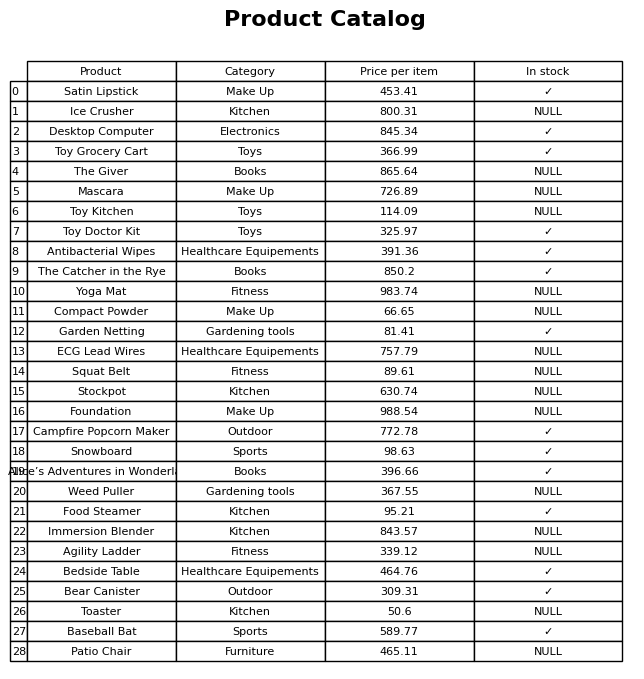
question: What is the price of the Campfire Popcorn Maker?
answer: The price of Campfire Popcorn Maker is 772.78.